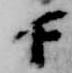
下